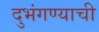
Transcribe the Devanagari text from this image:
दुभंगण्याची